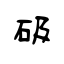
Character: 砐